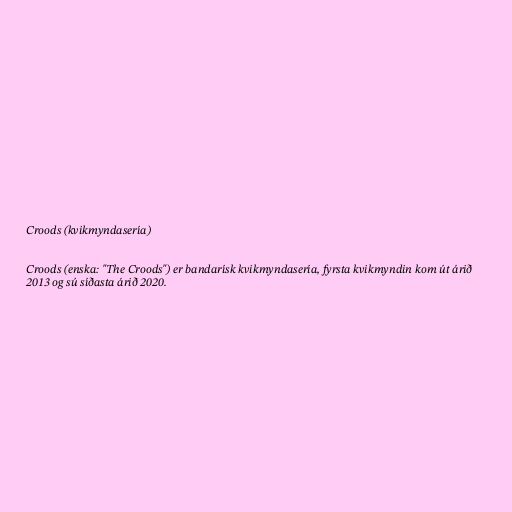
Croods (kvikmyndasería)

Croods (enska: "The Croods") er bandarísk kvikmyndasería, fyrsta kvikmyndin kom út árið
2013 og sú síðasta árið 2020.